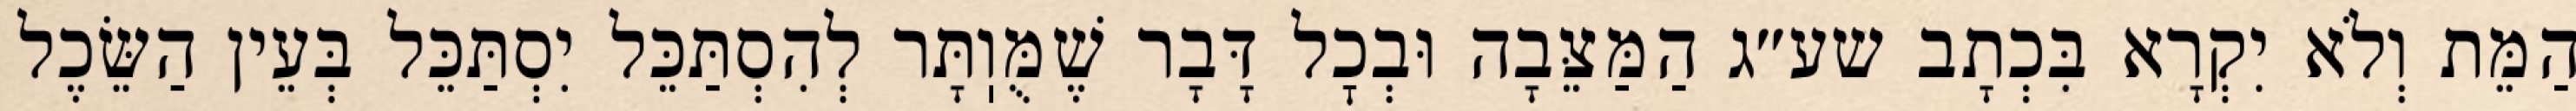
הַמֵּת וְלֹא יִקְרָא בִּכְתָב שע״ג הַמַּצֵּבָה וּבְכׇל דָּבָר שֶׁמֻּוֽתָּר לְהִסְתַּכֵּל יִסְתַּכֵּל בְּעֵין הַשֵּׂכֶל